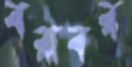
বরাবর